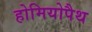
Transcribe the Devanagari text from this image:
होमियोपैथ